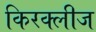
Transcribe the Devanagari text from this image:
किरक्लीज